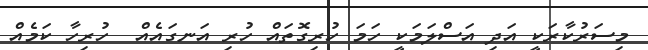
މިސަރުކާރަކީ އަދި އަސްލަމަކީ ހަމަ ހުރިގޮތައް ހުރި އަނގައެއް  ހުރިހާ ކަމެއް